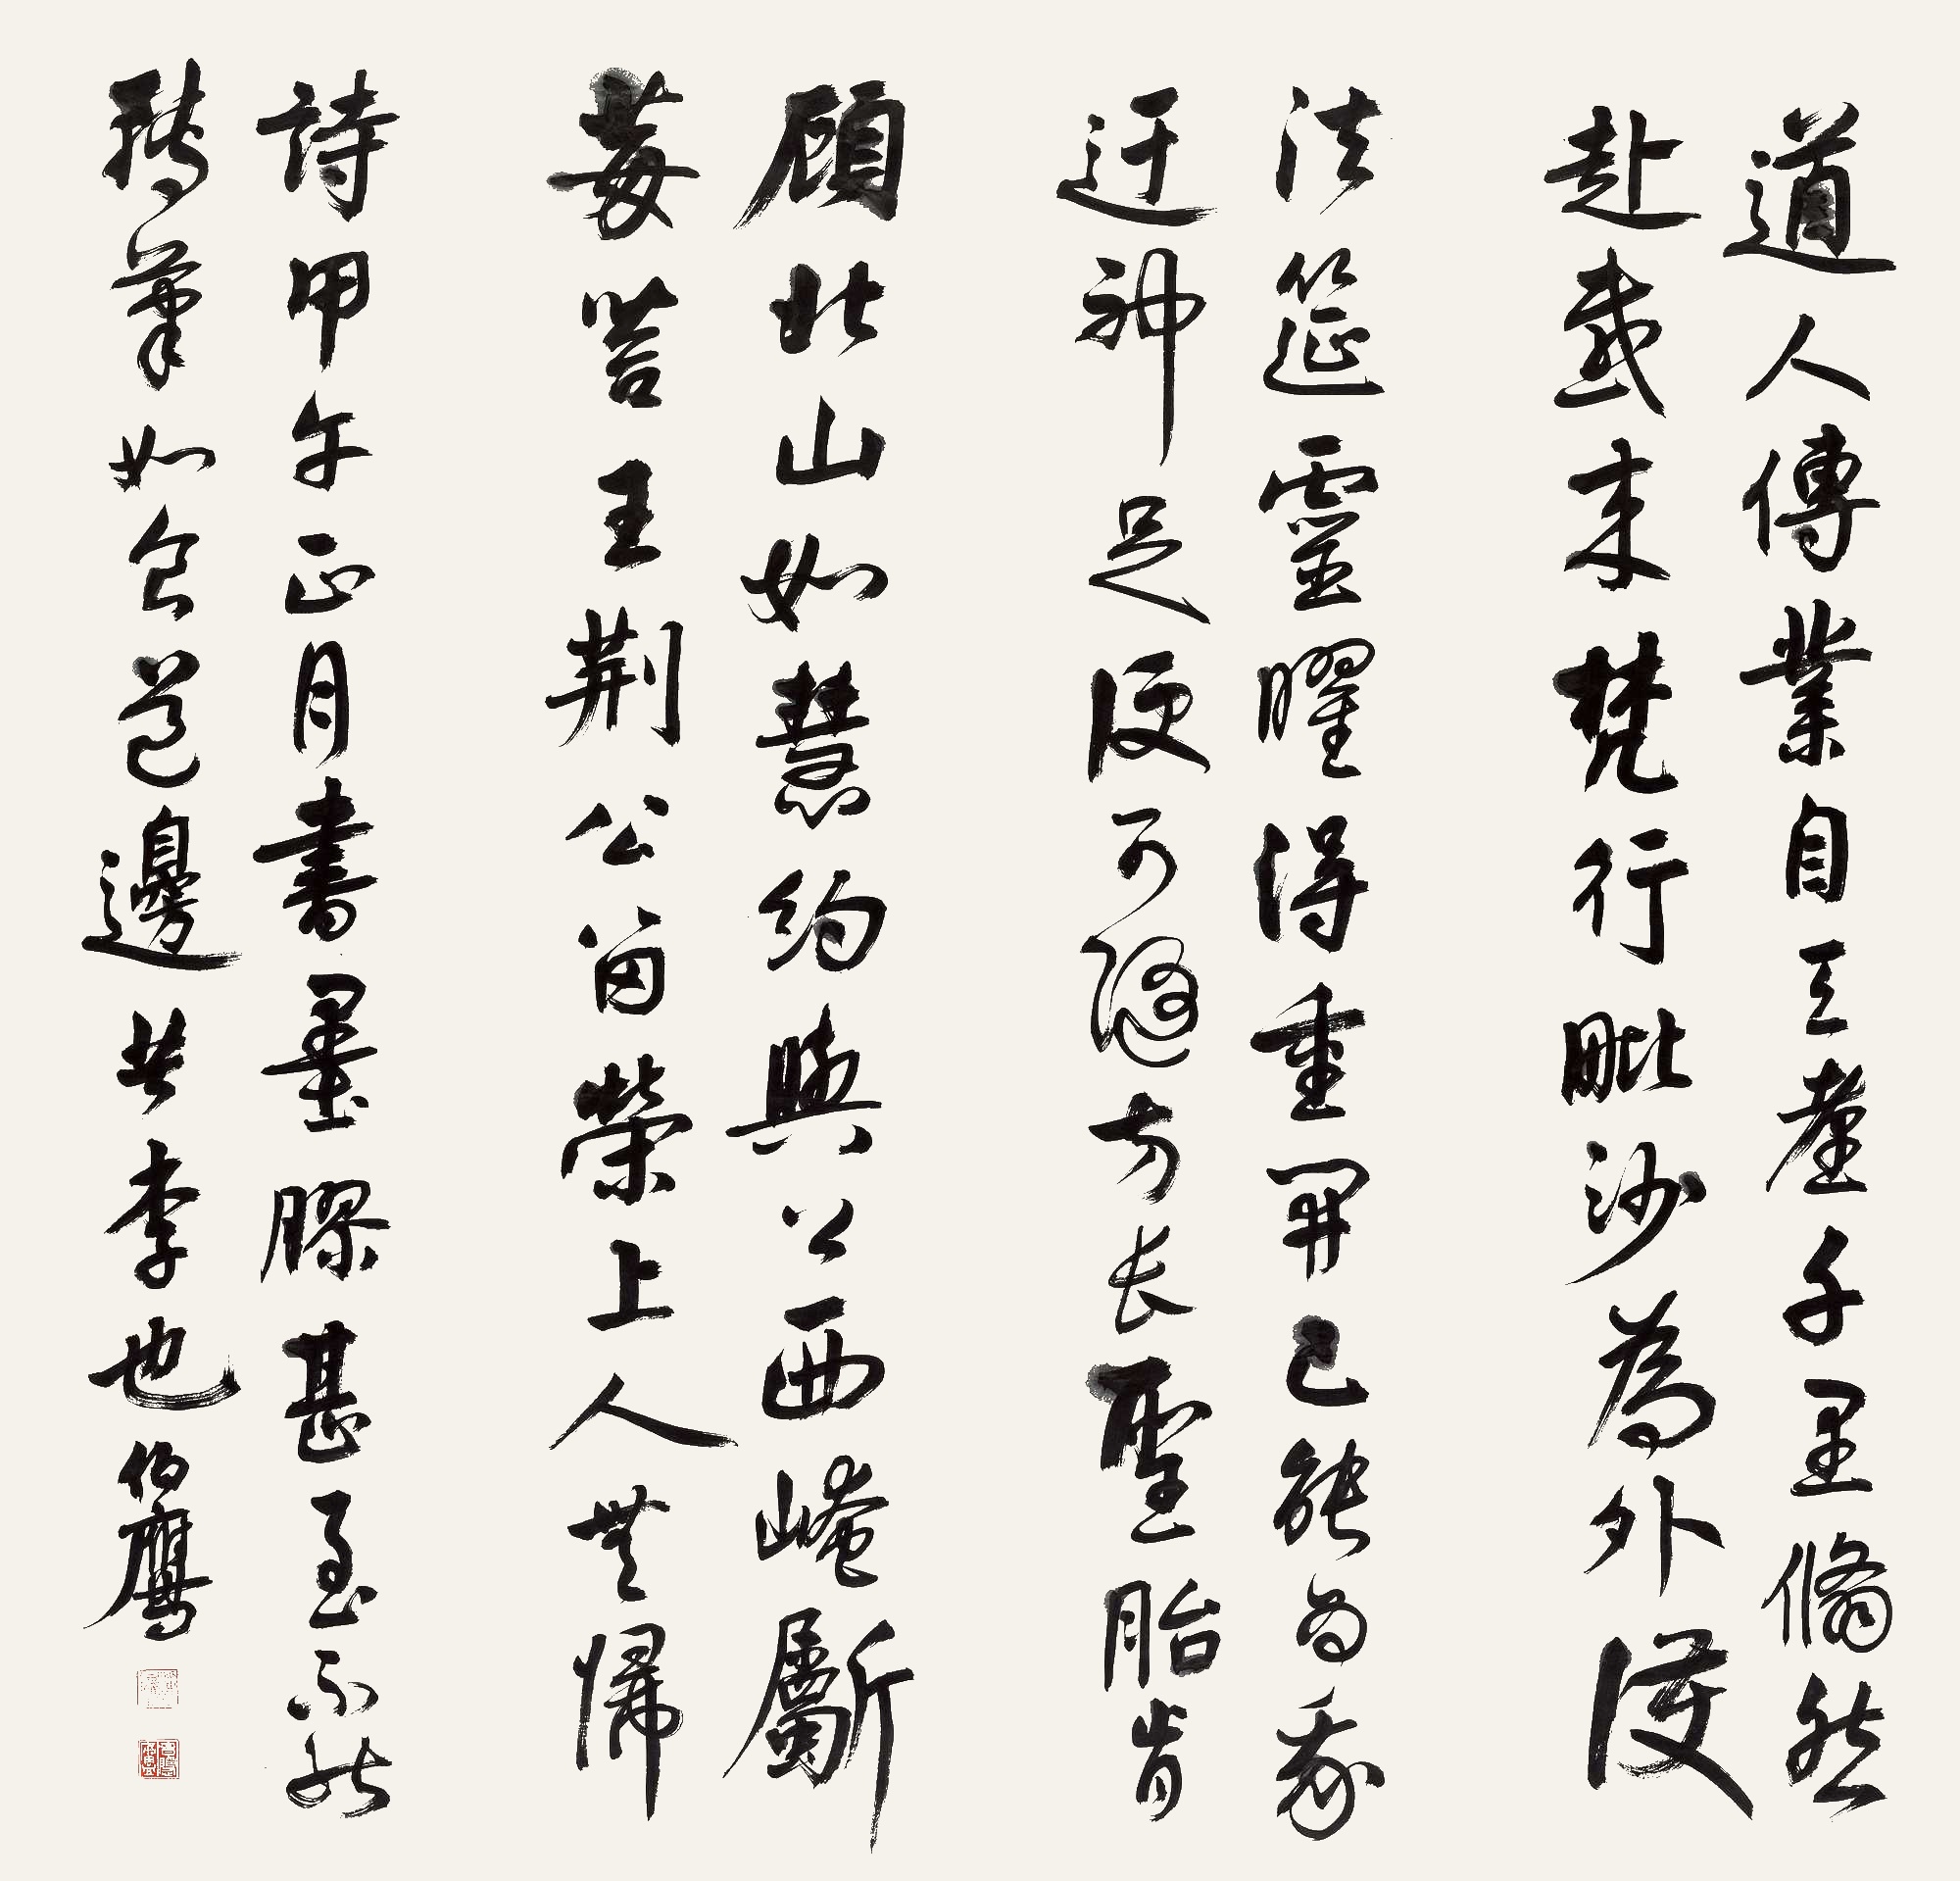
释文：道人传业自天台，千里翛然赴感来。梵行毗沙为外护，法筵灵曜得重开。已能为我迂神足，便可随方长圣胎。肯顾北山如慧约，与公西崦𣃁莓苔。王荆公留荣上人无归诗。甲午正月，书墨胶甚，至不能转笔，如食道边苦李也。伯鹰。